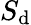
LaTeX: S_{\mathrm{d}}